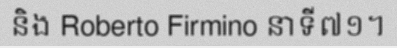
និង Roberto Firmino នាទី៧១។